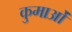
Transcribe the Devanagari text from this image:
कुमाओं